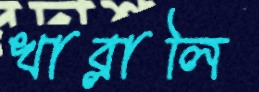
খাব্‌লালি